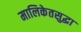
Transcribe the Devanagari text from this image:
मालिकेतसुद्धा